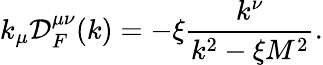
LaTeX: k_{\mu}{\cal D}_{F}^{\mu\nu}(k)=-\xi\frac{k^{\nu}}{k^{2}-\xi M^{2}}.